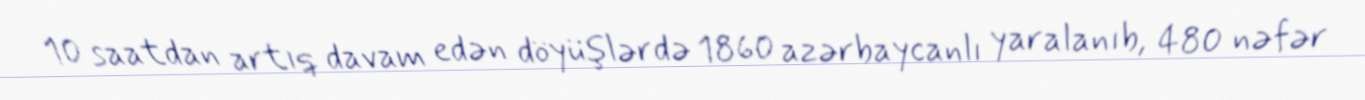
10 saatdan artıq davam edən döyüşlərdə 1860 azərbaycanlı yaralanıb, 480 nəfər